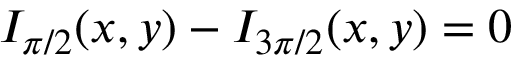
I _ { \pi / 2 } ( x , y ) - I _ { 3 \pi / 2 } ( x , y ) = 0